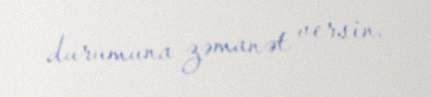
durumuna zəmanət versin.